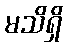
မသိရှိ